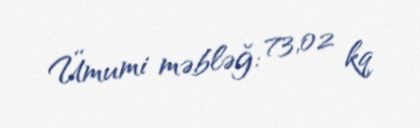
Ümumi məbləğ: 73,02 kq